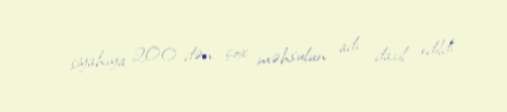
siyahıya 200-dən çox məhsulun adı daxil edildi.